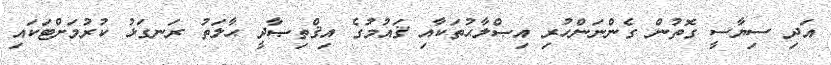
އަދި ސިޔާސީ ގޮތުން ގެންނަންހުރި އިޞްލާޙުތަކާއި ޤައުމުގެ އިޤްތިޞާދީ ޙާލަތު ރަނގަޅު ކުރުމަށްޓަކައި